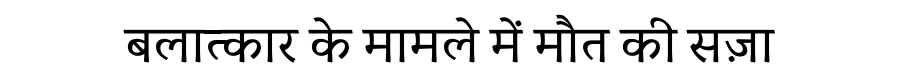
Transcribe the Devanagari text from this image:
बलात्कार के मामले में मौत की सज़ा